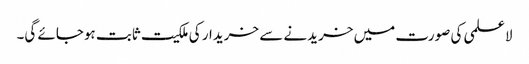
لاعلمی کی صورت میں خریدنے سے خریدار کی ملکیت ثابت ہوجائے گی۔